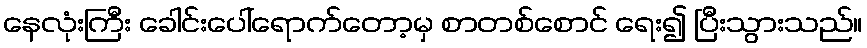
နေလုံးကြီး ခေါင်းပေါ်ရောက်တော့မှ စာတစ်စောင် ရေး၍ ပြီးသွားသည်။